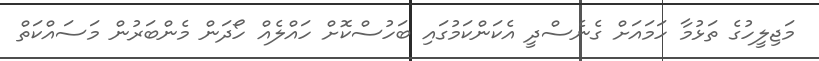
މަޖިލީހުގެ ތަޅުމާ ހަމައަށް ގެނެސްދީ އެކަންކަމުގައި ބަހުސްކޮށް ހައްލެއް ހޯދަން މެންބަރުން މަސައްކަތް